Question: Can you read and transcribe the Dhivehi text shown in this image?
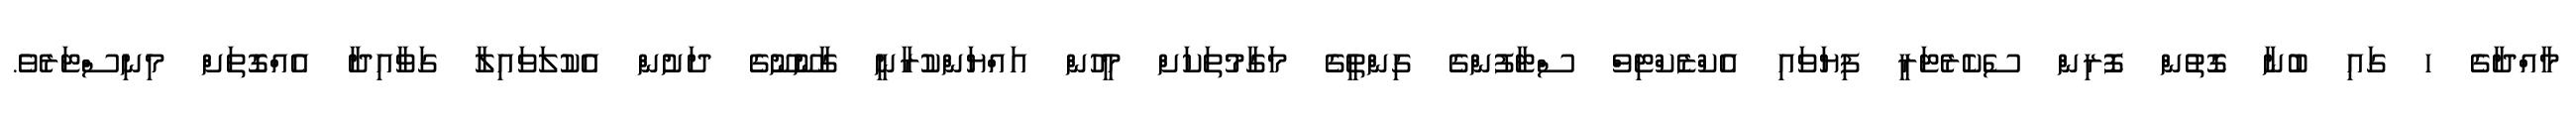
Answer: މާއްދާގެ ހ ގައި ބުނާ ގޮތުން ފޮރިން ސެކެރެޓަރީ ފިޔަވައި އެކްޒެކްޓިވް ސްޓާފުންގެ ގިންތީގެ މަގާމުތަކަށް މީހުން އައްޔަންކުރާނީ ގާނޫނޫގެ ދަށުން އެކުލަވައިލާ ގަވާއިދާ އެއްގޮތަށް މިނިސްޓަރެވެ.